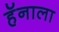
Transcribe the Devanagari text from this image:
हॅनाला